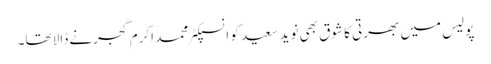
پولیس میں بھرتی کا شوق بھی نوید سعید کو انسپکٹر محمد اکرم گجرنے ڈالا تھا۔